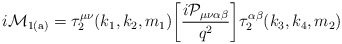
\begin{align*}{i \cal M}_{\rm 1(a)} = \tau_2^{\mu\nu}(k_1,k_2,m_1)\bigg[ \frac{i{\cal P}_{\mu\nu\alpha\beta}}{q^2}\bigg] \tau_2^{\alpha\beta}(k_3,k_4,m_2)\end{align*}